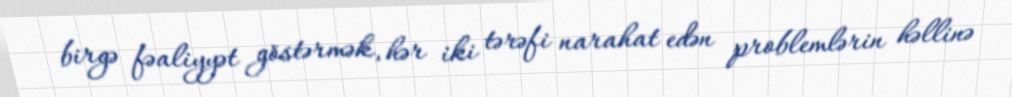
birgə fəaliyyət göstərmək, hər iki tərəfi narahat edən problemlərin həllinə